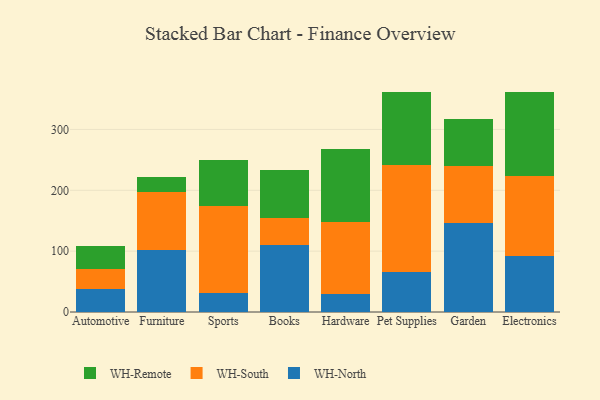
{"axis": {"x": "Category", "y": "Shipments"}, "legend": ["WH-North", "WH-Remote", "WH-South"], "data": [{"x": "Automotive", "y": 37.9, "type": "WH-North"}, {"x": "Automotive", "y": 32.9, "type": "WH-South"}, {"x": "Automotive", "y": 36.9, "type": "WH-Remote"}, {"x": "Furniture", "y": 101.5, "type": "WH-North"}, {"x": "Furniture", "y": 95.0, "type": "WH-South"}, {"x": "Furniture", "y": 24.7, "type": "WH-Remote"}, {"x": "Sports", "y": 30.6, "type": "WH-North"}, {"x": "Sports", "y": 143.7, "type": "WH-South"}, {"x": "Sports", "y": 75.7, "type": "WH-Remote"}, {"x": "Books", "y": 109.5, "type": "WH-North"}, {"x": "Books", "y": 44.5, "type": "WH-South"}, {"x": "Books", "y": 79.9, "type": "WH-Remote"}, {"x": "Hardware", "y": 29.1, "type": "WH-North"}, {"x": "Hardware", "y": 119.6, "type": "WH-South"}, {"x": "Hardware", "y": 119.0, "type": "WH-Remote"}, {"x": "Pet Supplies", "y": 66.5, "type": "WH-North"}, {"x": "Pet Supplies", "y": 175.7, "type": "WH-South"}, {"x": "Pet Supplies", "y": 118.6, "type": "WH-Remote"}, {"x": "Garden", "y": 146.5, "type": "WH-North"}, {"x": "Garden", "y": 93.9, "type": "WH-South"}, {"x": "Garden", "y": 77.1, "type": "WH-Remote"}, {"x": "Electronics", "y": 91.4, "type": "WH-North"}, {"x": "Electronics", "y": 131.4, "type": "WH-South"}, {"x": "Electronics", "y": 139.4, "type": "WH-Remote"}]}